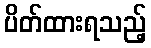
ပိတ်ထားရသည့်